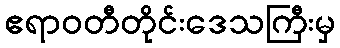
ဧရာဝတီတိုင်းဒေသကြီးမှ